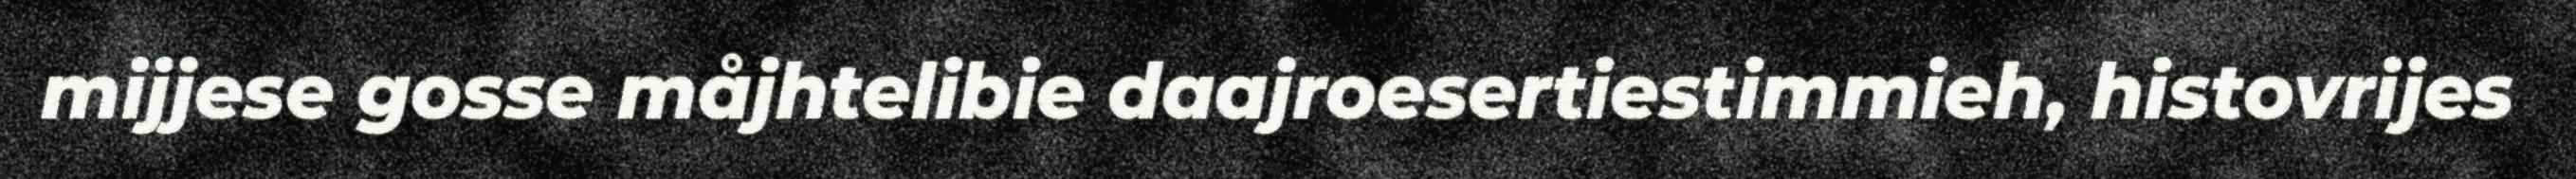
mijjese gosse måjhtelibie daajroesertiestimmieh, histovrijes